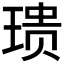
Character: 𪻺